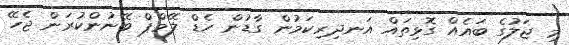
މި ޖަލުގެ ބައެއް ގޮޅިތައް އަނދިރިކަމުން ގާޑުން ހެޑް ލޭމްޕް ބޭނުންކުރަން ޖެހޭ